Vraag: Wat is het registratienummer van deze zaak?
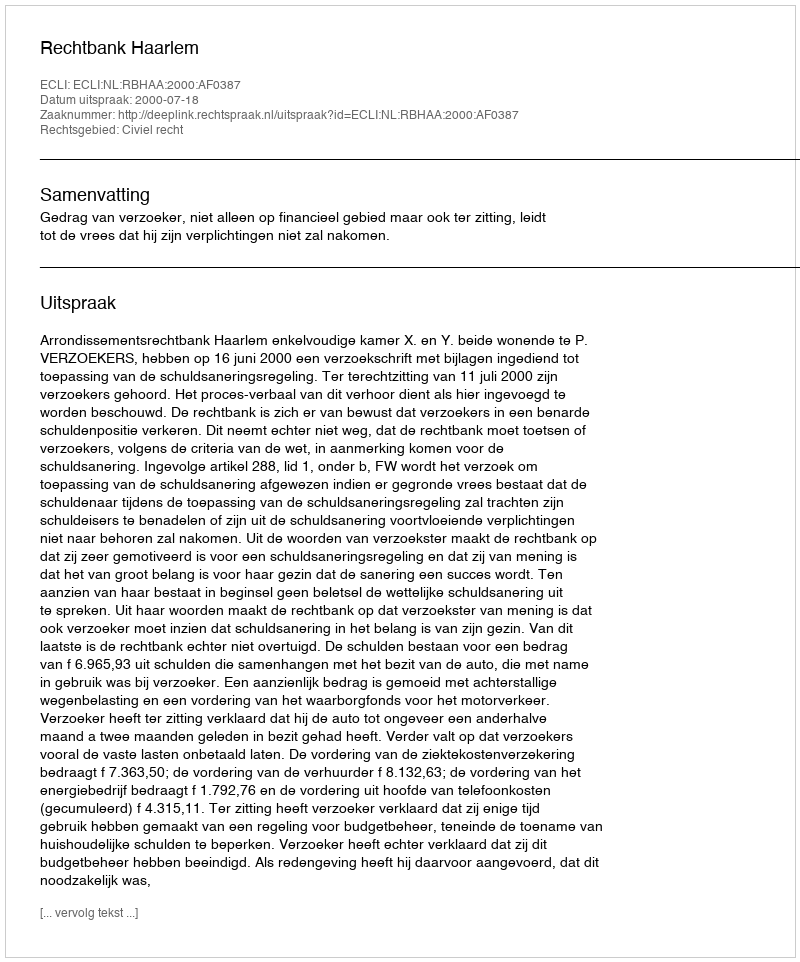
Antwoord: http://deeplink.rechtspraak.nl/uitspraak?id=ECLI:NL:RBHAA:2000:AF0387